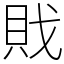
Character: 戝